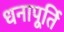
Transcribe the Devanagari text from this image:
धनापूर्ति